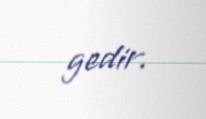
gedir.